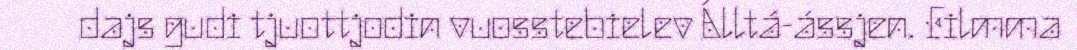
dajs gudi tjuottjodin vuosstebielev Álltá-ássjen. Filmma